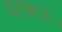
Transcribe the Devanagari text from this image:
महरूम।